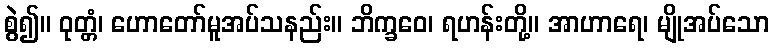
စွဲ၍။ ဝုတ္တံ၊ ဟောတော်မူအပ်သနည်း။ ဘိက္ခဝေ၊ ရဟန်းတို့။ အာဟာရေ၊ မျိုအပ်သော